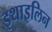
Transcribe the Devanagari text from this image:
इथाइलिन